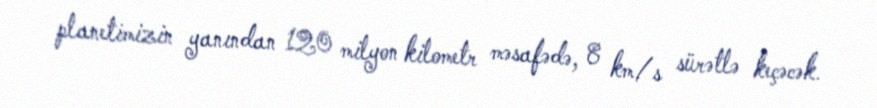
planetimizin yanından 120 milyon kilometr məsafədə, 8 km/s sürətlə keçəcək.